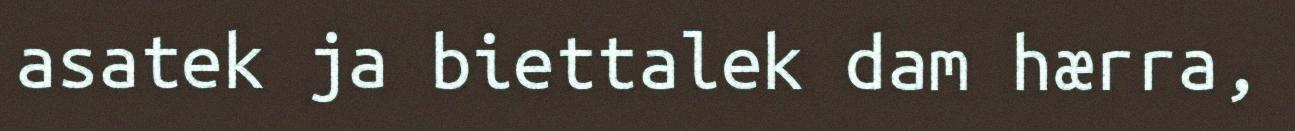
asatek ja biettalek dam hærra,